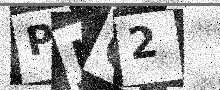
Text: PJG2